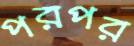
পরপর